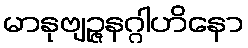
မာနုဗျဉ္ဇနဂ္ဂါဟိနော